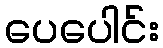
ပေပေါင်း